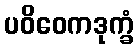
ပဝိဝေကဒုက္ခံ